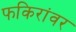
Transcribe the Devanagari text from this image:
फकिरांवर